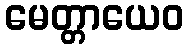
မေတ္တာယေဝ